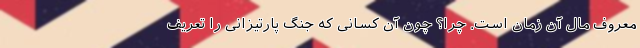
معروف مال آن زمان است. چرا؟ چون آن کسانی که جنگ پارتیزانی را تعریف